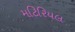
મટિરિયલ